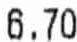
6.70